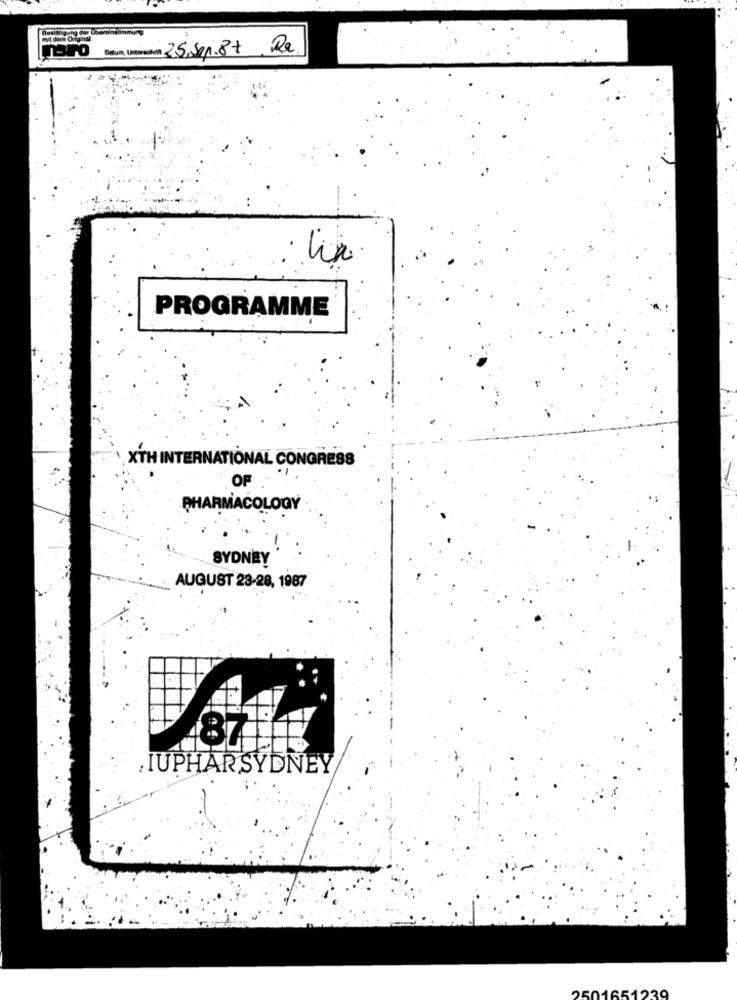
Batom Unterschim 2.5,Ser. 87, Re
: la
PROGRAMME
XTH INTERNATIONAL CONGRESS
OF
PHARMACOLOGY
SYDNEY
AUGUST 23-28, 1987
8711
IUPHAR SYDNEY
2501651239